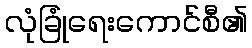
လုံခြုံရေးကောင်စီ၏